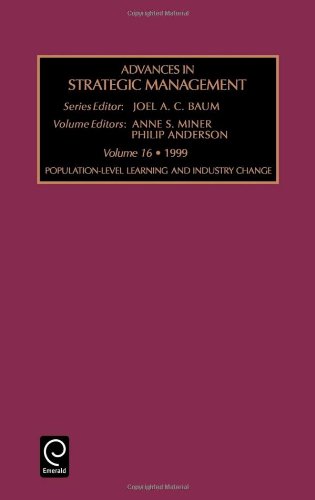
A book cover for Population-Level Learning and Industry Change (Advances in Strategic Management) (Advances in Strategic Management); Glenda Baum; Business & Money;